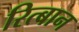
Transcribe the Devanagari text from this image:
रित्बान